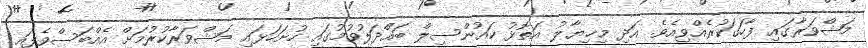
މަޝްވަރާގައި ފާހަގަކުރެއްވިއެވެ. އަދި މިޚިޔާލު އަތޮޅު ކައުންސިލް ބައްދަލުވުމުގައި ހުށަހަޅައި މަޝްވަރާކުރުމަށް އެއްބަސްވެފައި